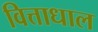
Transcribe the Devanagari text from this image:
वित्ताधाल